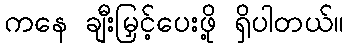
ကနေ ချီးမြှင့်ပေးဖို့ ရှိပါတယ်။